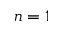
n = 1